DOW-UAP-D48, Department of the Air Force Report, 1996
Agency: Department of War
Incident date: 9/10/96
Page 37
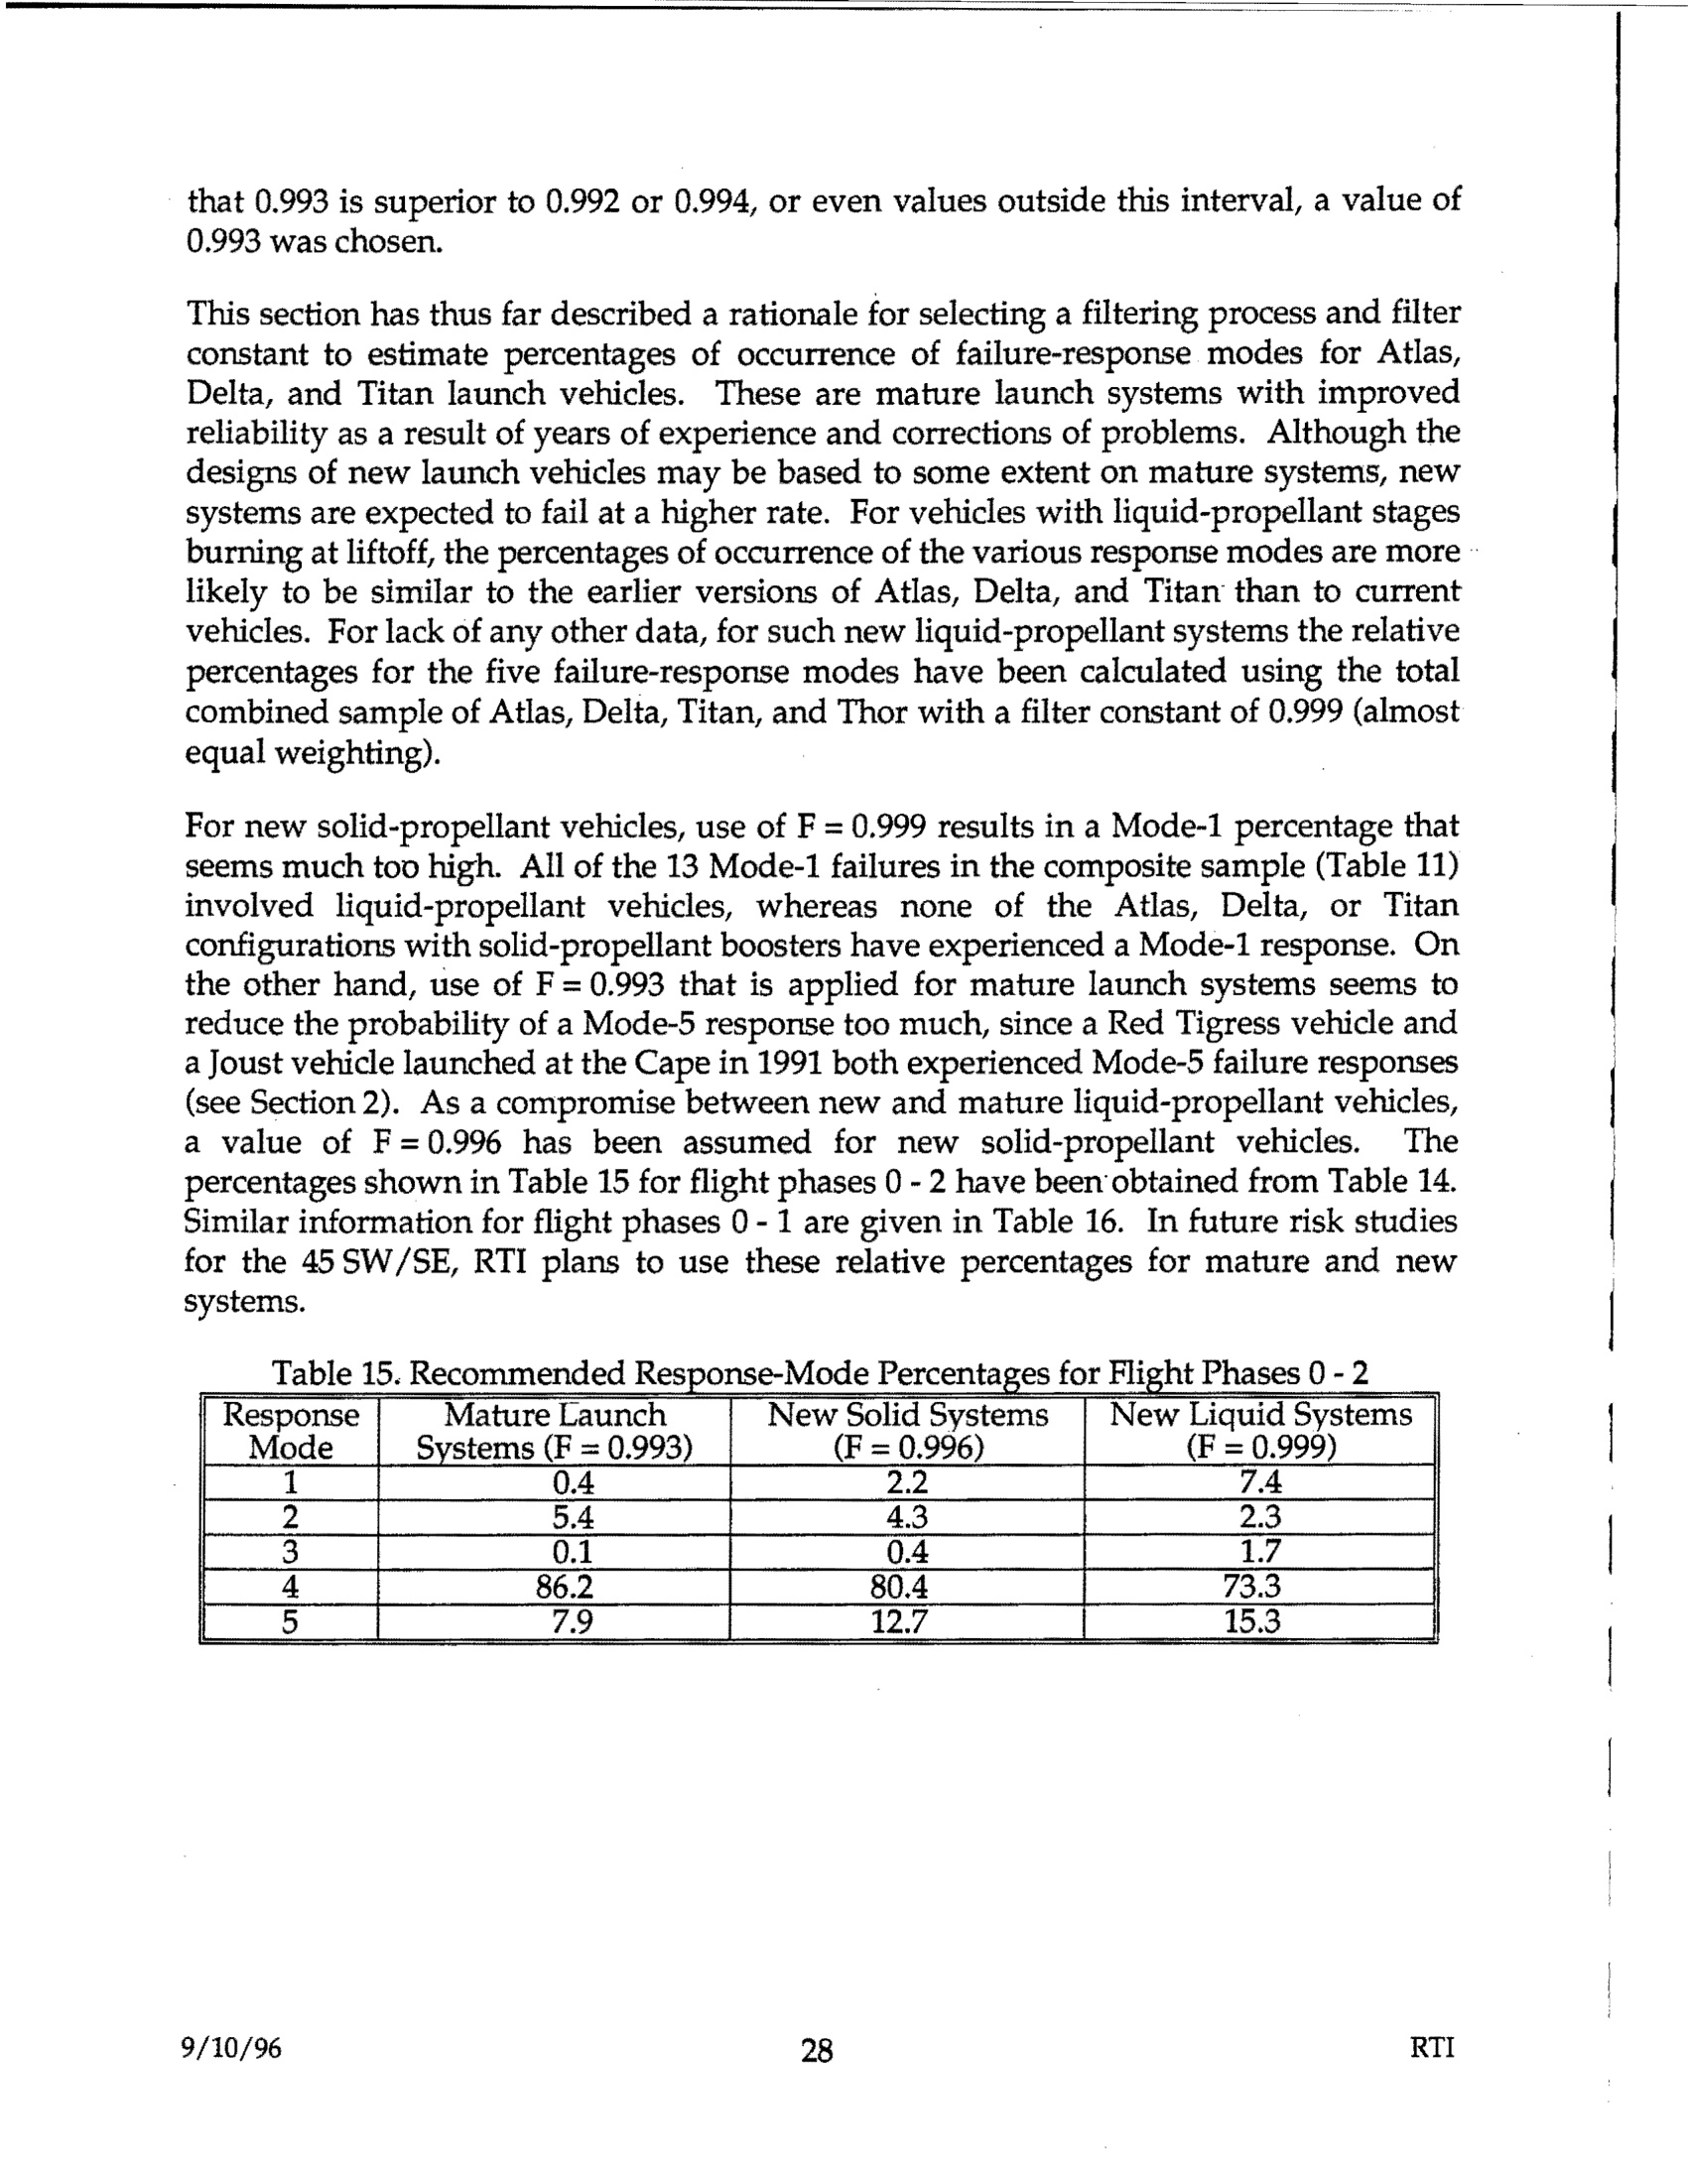